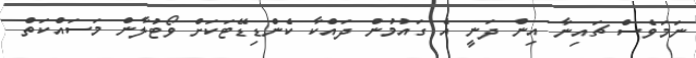
ނަމަވެސް ޗައިނާ އިން ދަނީ އެ ގައުމުން ދައްކާ ކެންޑިޑޭޓަކަށް ވޯޓުލާން މަސައްކަތް